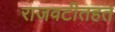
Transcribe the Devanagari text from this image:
राजवटीतहत